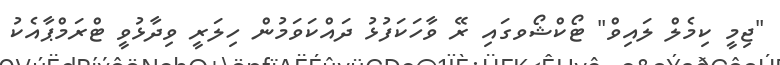
"ޖިމީ ކިމެލް ލައިވް" ޓޯކްޝޯވގައި ރޭ ވާހަކަފުޅު ދައްކަވަމުން ހިލަރީ ވިދާޅުވީ ޓްރަމްޕާއެކު